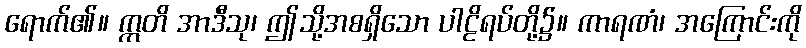
ရောက်၏။ ဣတိ အာဒီသု၊ ဤသို့အစရှိသော ပါဠိရပ်တို့၌။ ကာရဏံ၊ အကြောင်းကို